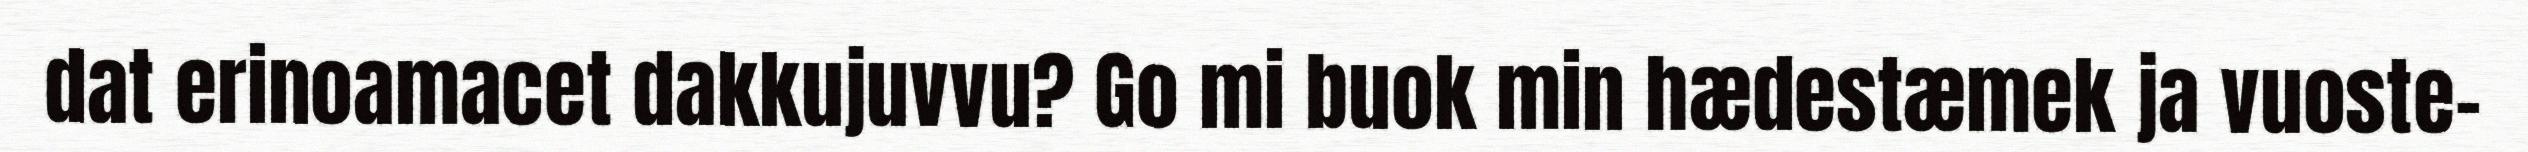
dat erinoamacet dakkujuvvu? Go mi buok min hædestæmek ja vuoste-